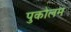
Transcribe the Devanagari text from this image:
पुकोलम